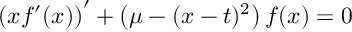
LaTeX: \left( x f ^ { \prime } ( x ) \right) ^ { \prime } + \left( \mu - ( x - t ) ^ { 2 } \right) f ( x ) = 0